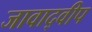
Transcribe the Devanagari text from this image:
जावाद्वीप